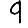
Digit: 9